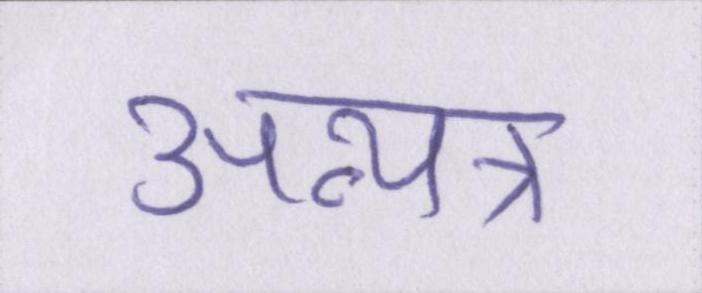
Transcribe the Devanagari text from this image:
अन्यत्र